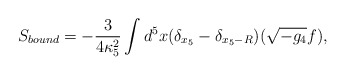
\begin{align*}S_{bound}=-\frac{3}{4\kappa_5^2}\int d^5x (\delta_{x_5}-\delta_{x_5-R})(\sqrt {-g_4}f),\end{align*}